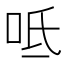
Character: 呧